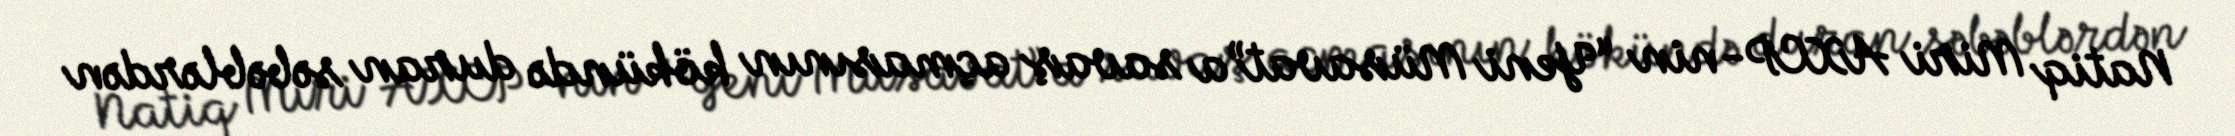
Natiq Miri AXCP-nin “Yeni Müsavat”a savaş açmasının kökündə duran səbəblərdən